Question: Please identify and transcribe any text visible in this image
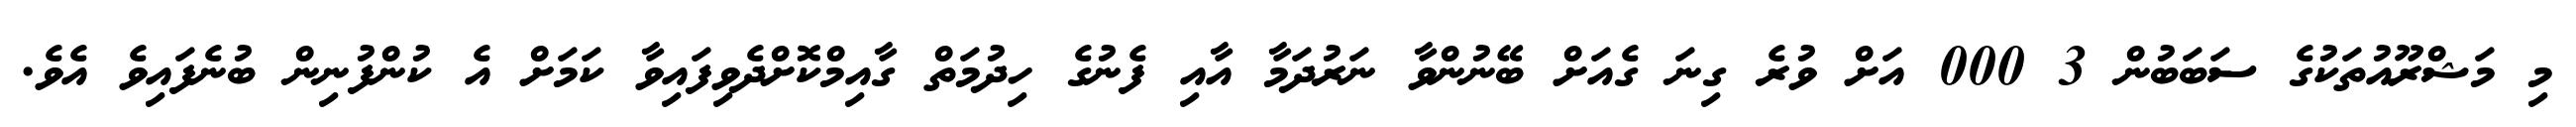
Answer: މި މަޝްރޫއުތަކުގެ ސަބަބުން 3 000 އަށް ވުރެ ގިނަ ގެއަށް ބޭނުންވާ ނަރުދަމާ އާއި ފެނުގެ ހިދުމަތް ގާއިމްކޮށްދެވިފައިވާ ކަމަށް އެ ކުންފުނިން ބުނެފައިވެ އެވެ.